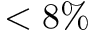
< 8 \%